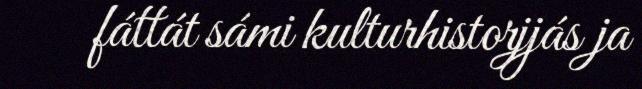
fáttát sámi kulturhistorjjás ja